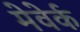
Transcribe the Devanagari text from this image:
मेवेर्क